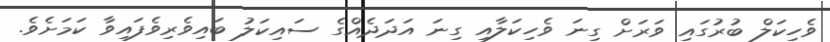
ވެހިކަލް ބުރުގައި ވަރަށް ގިނަ ވެހިކަލާއި ގިނަ އަދަދެއްގެ ސައިކަލު ބައިވެރިވެފައިވާ ކަމަށެވެ.